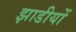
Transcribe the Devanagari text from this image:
झाडीयों